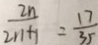
\frac { 2 n } { 2 n + 1 } = \frac { 1 7 } { 3 5 }